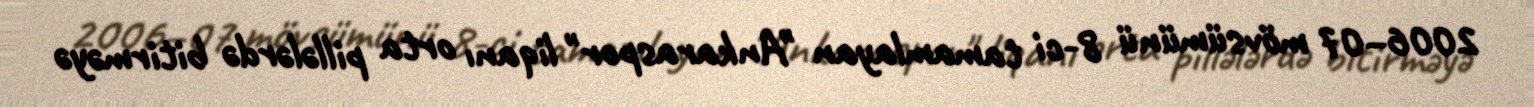
2006–07 mövsümünü 8-ci tamamlayan "Ankaraspor" liqanı orta pillələrdə bitirməyə